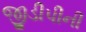
જીડીપીની